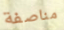
مناصفة